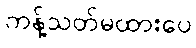
ကန့်သတ်မထားပေ